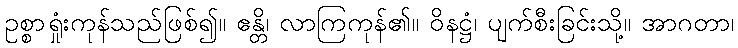
ဥစ္စာရှုံးကုန်သည်ဖြစ်၍။ ဧန္တိ၊ လာကြကုန်၏။ ဝိနဋ္ဌံ၊ ပျက်စီးခြင်းသို့။ အာဂတာ၊